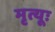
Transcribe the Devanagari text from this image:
मृत्यूः